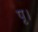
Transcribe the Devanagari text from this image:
पृ।